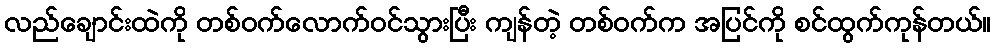
လည်ချောင်းထဲကို တစ်ဝက်လောက်ဝင်သွားပြီး ကျန်တဲ့ တစ်ဝက်က အပြင်ကို စင်ထွက်ကုန်တယ်။